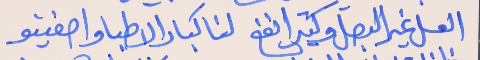
العسل غير البصل وكتير انفع     لنا كبار الاطبا واصفينو